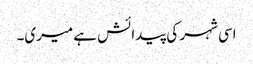
اسی شہر کی پیدائش ہے میری۔